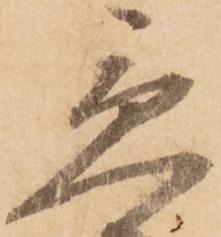
急